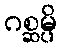
ဂစ္ဆမ္ပိ